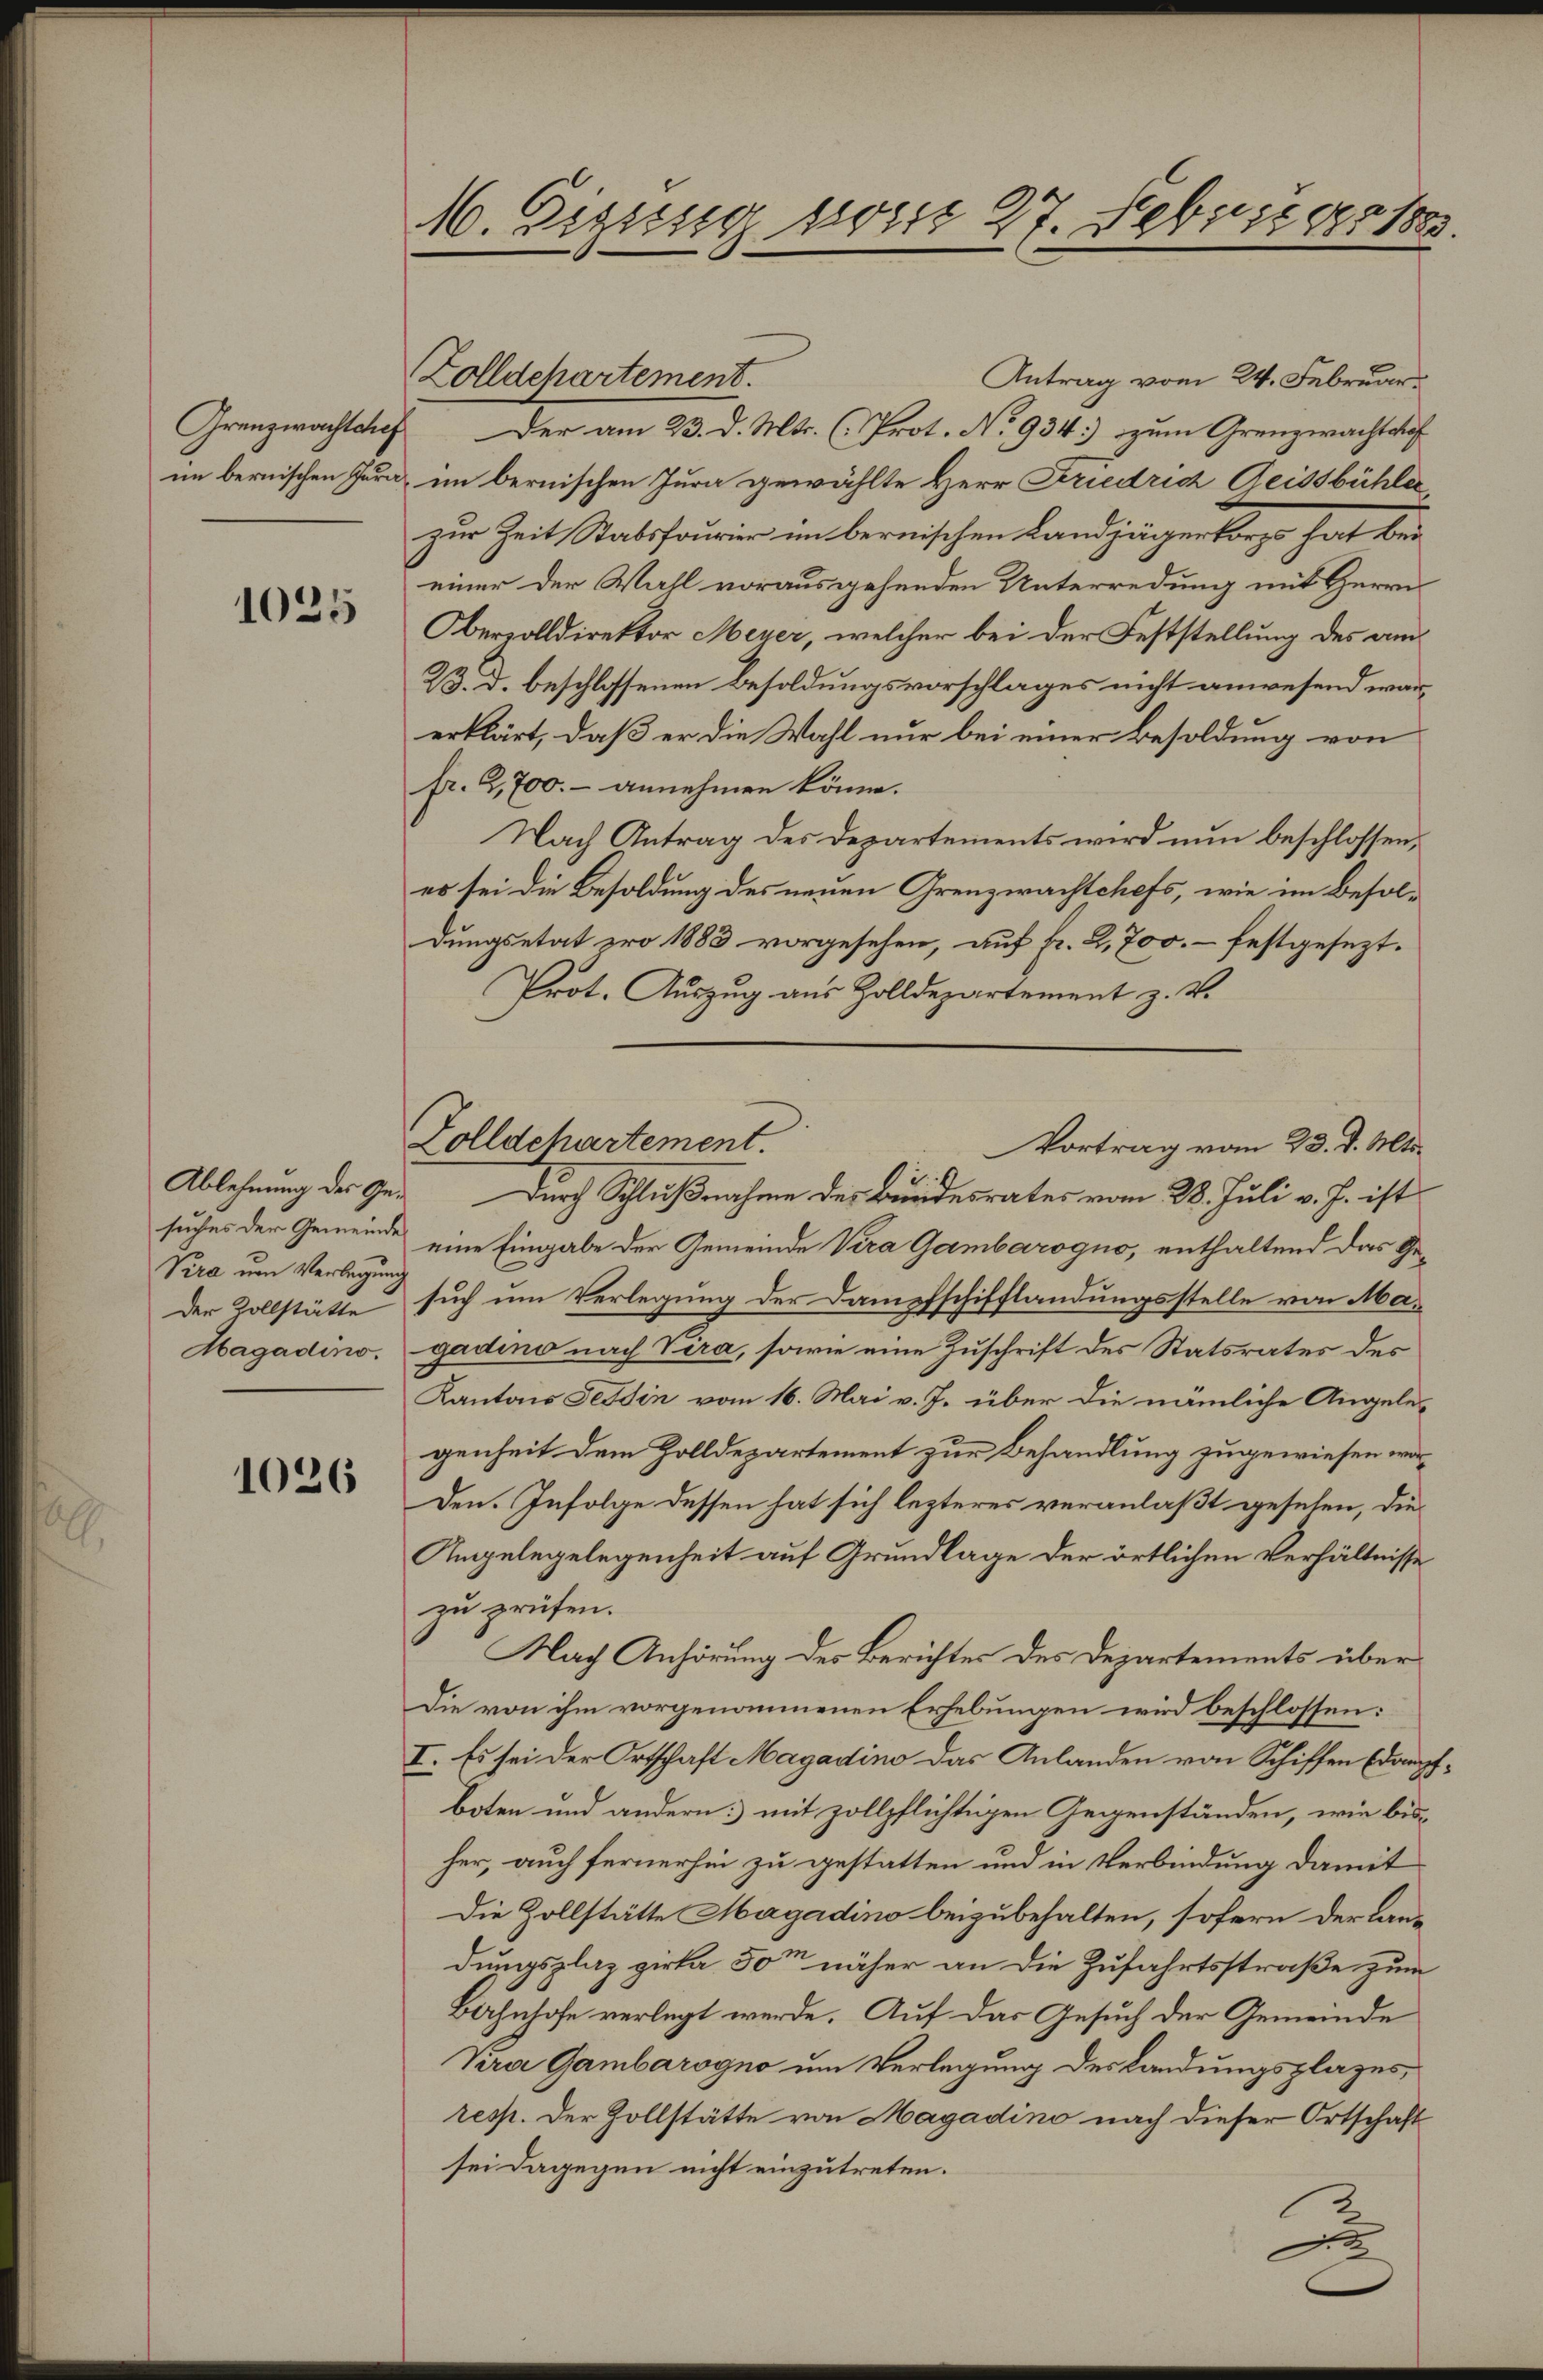
Grenzwachtslief
im bernischen Jura

1025

Vira um Verlegung
Der Vollstätte

1026

M. Zigung derart 27. Februar 180.

Zolldehartement.

Antrag vom 24. Februar
Der am 23. d. Mts. (Prot. No 934.) zum Grenzwachtshof
im bernischen Jura gewählte Herr Friedrich Geissbühler
zur Zeit Stabsfourier im bernischen Landjägerkorpo hat bei
einer der Wahl vorausgehenden Unterredung mit Herrn
Obervolldirektor Meyer, welcher bei der Feststellung des am
23. d. beschlossenen Besoldungsvorschlages nicht anwesend wärerklärt, daß er die Wahl nur bei einer Besoldung von
fr. 2,700.- annehmen könne.
Nach Antrag des Departements wird nun beschlossen,
es sei die Besoldung des neuen Grenzwachtchefs, wie im Besoldungsetat pro 1883 vorgesehen, auf fr. 2,700.- festgesezt.
Prot. Auszug aus Zolldepartement z. B.

Zolldepartement.
Vortrag vom 23. d. Mts.

Ablehnung der Ge¬ Durch Schlußnahme des Bundesrates vom 28. Juli v. J. ist
suches der Gemeinde eine Eingabe der Gemeinde Vera Gambarogno, enthaltend das Gesuch um Verlegung der Dampfschifflandungsstelle von Ma¬
Aagadino. gadino nach Vira, sowie eine Zuschrift des Statsrates des
Kantons Tessin vom 16. Mai v. J. über die nämliche Angelegenheit dem Zolldepartement zur Behandlung zugewiesen wor¬
Den. Infolge dessen hat sich lezteres veranlaßt gesehen, die
Angelegelegenheit auf Grundlage der örtlichen Verhältnisse
zu prüfen.
Nach Anhörung des Berichtes des Departements über
Die von ihm vorgenommenen Erhebungen wird beschlossen:
I. Es sei der Ortschaft Magadino das Anlanden von Schiffen (dampfboten und andern mit zollpflichtigen Gegenständen, wie bisher, auch fernerhin zu gestatten und in Verbindung damit
Die Zollstätte Magadino beizubehalten, sofern der Landungsplaz zirka 50m näher an die Zufahrtsstraße zum
Bahnhofe verlegt werde. Auf das Gesuch der Gemeinde
Vira Gambarogno um Verlegung des Landungsplazes,
resp. Der Zollstätte von Magadino nach dieser Ortschaft
sei dagegen nicht einzutreten.
D